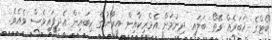
ބޯޓްގެ ޚަބަރެއް ވޭތޯ ބަލައި ދިނުމަށް އެމެރިކާއިން އީރާނުގެ ކިބައިން އެދިފައިވެސް ވެއެވެ.